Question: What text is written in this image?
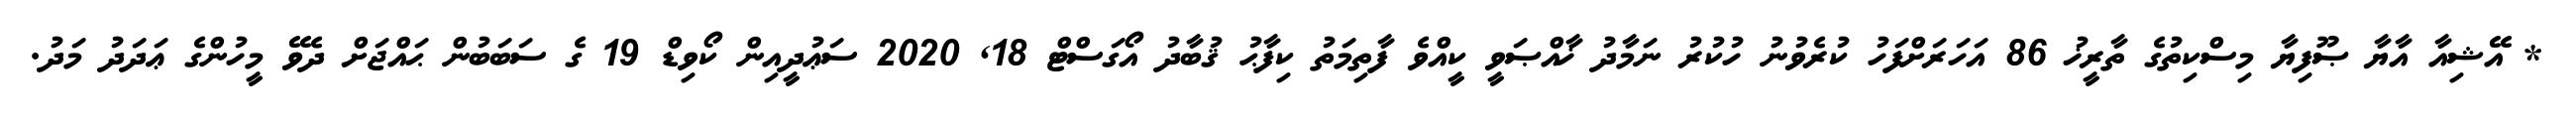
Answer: * އޭޝިއާ އާޔާ ޞޫފިޔާ މިސްކިތުގެ ތާރީޚު 86 އަހަރަށްފަހު ކުރެވުނު ހުކުރު ނަމާދު ޚާއްޞަވީ ކީއްވެ ފާތިމަތު ކިފާޙު ޤުބާދު އޯގަސްޓް 18, 2020 ސަޢުދީއިން ކޯވިޑް 19 ގެ ސަބަބުން ޙައްޖަށް ދެވޭ މީހުންގެ ޢަދަދު މަދު.